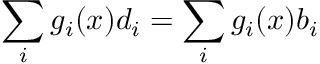
\sum _ { i } g _ { i } ( x ) d _ { i } = \sum _ { i } g _ { i } ( x ) b _ { i }